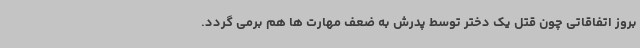
بروز اتفاقاتی چون قتل یک دختر توسط پدرش به ضعف مهارت ها هم برمی گردد.